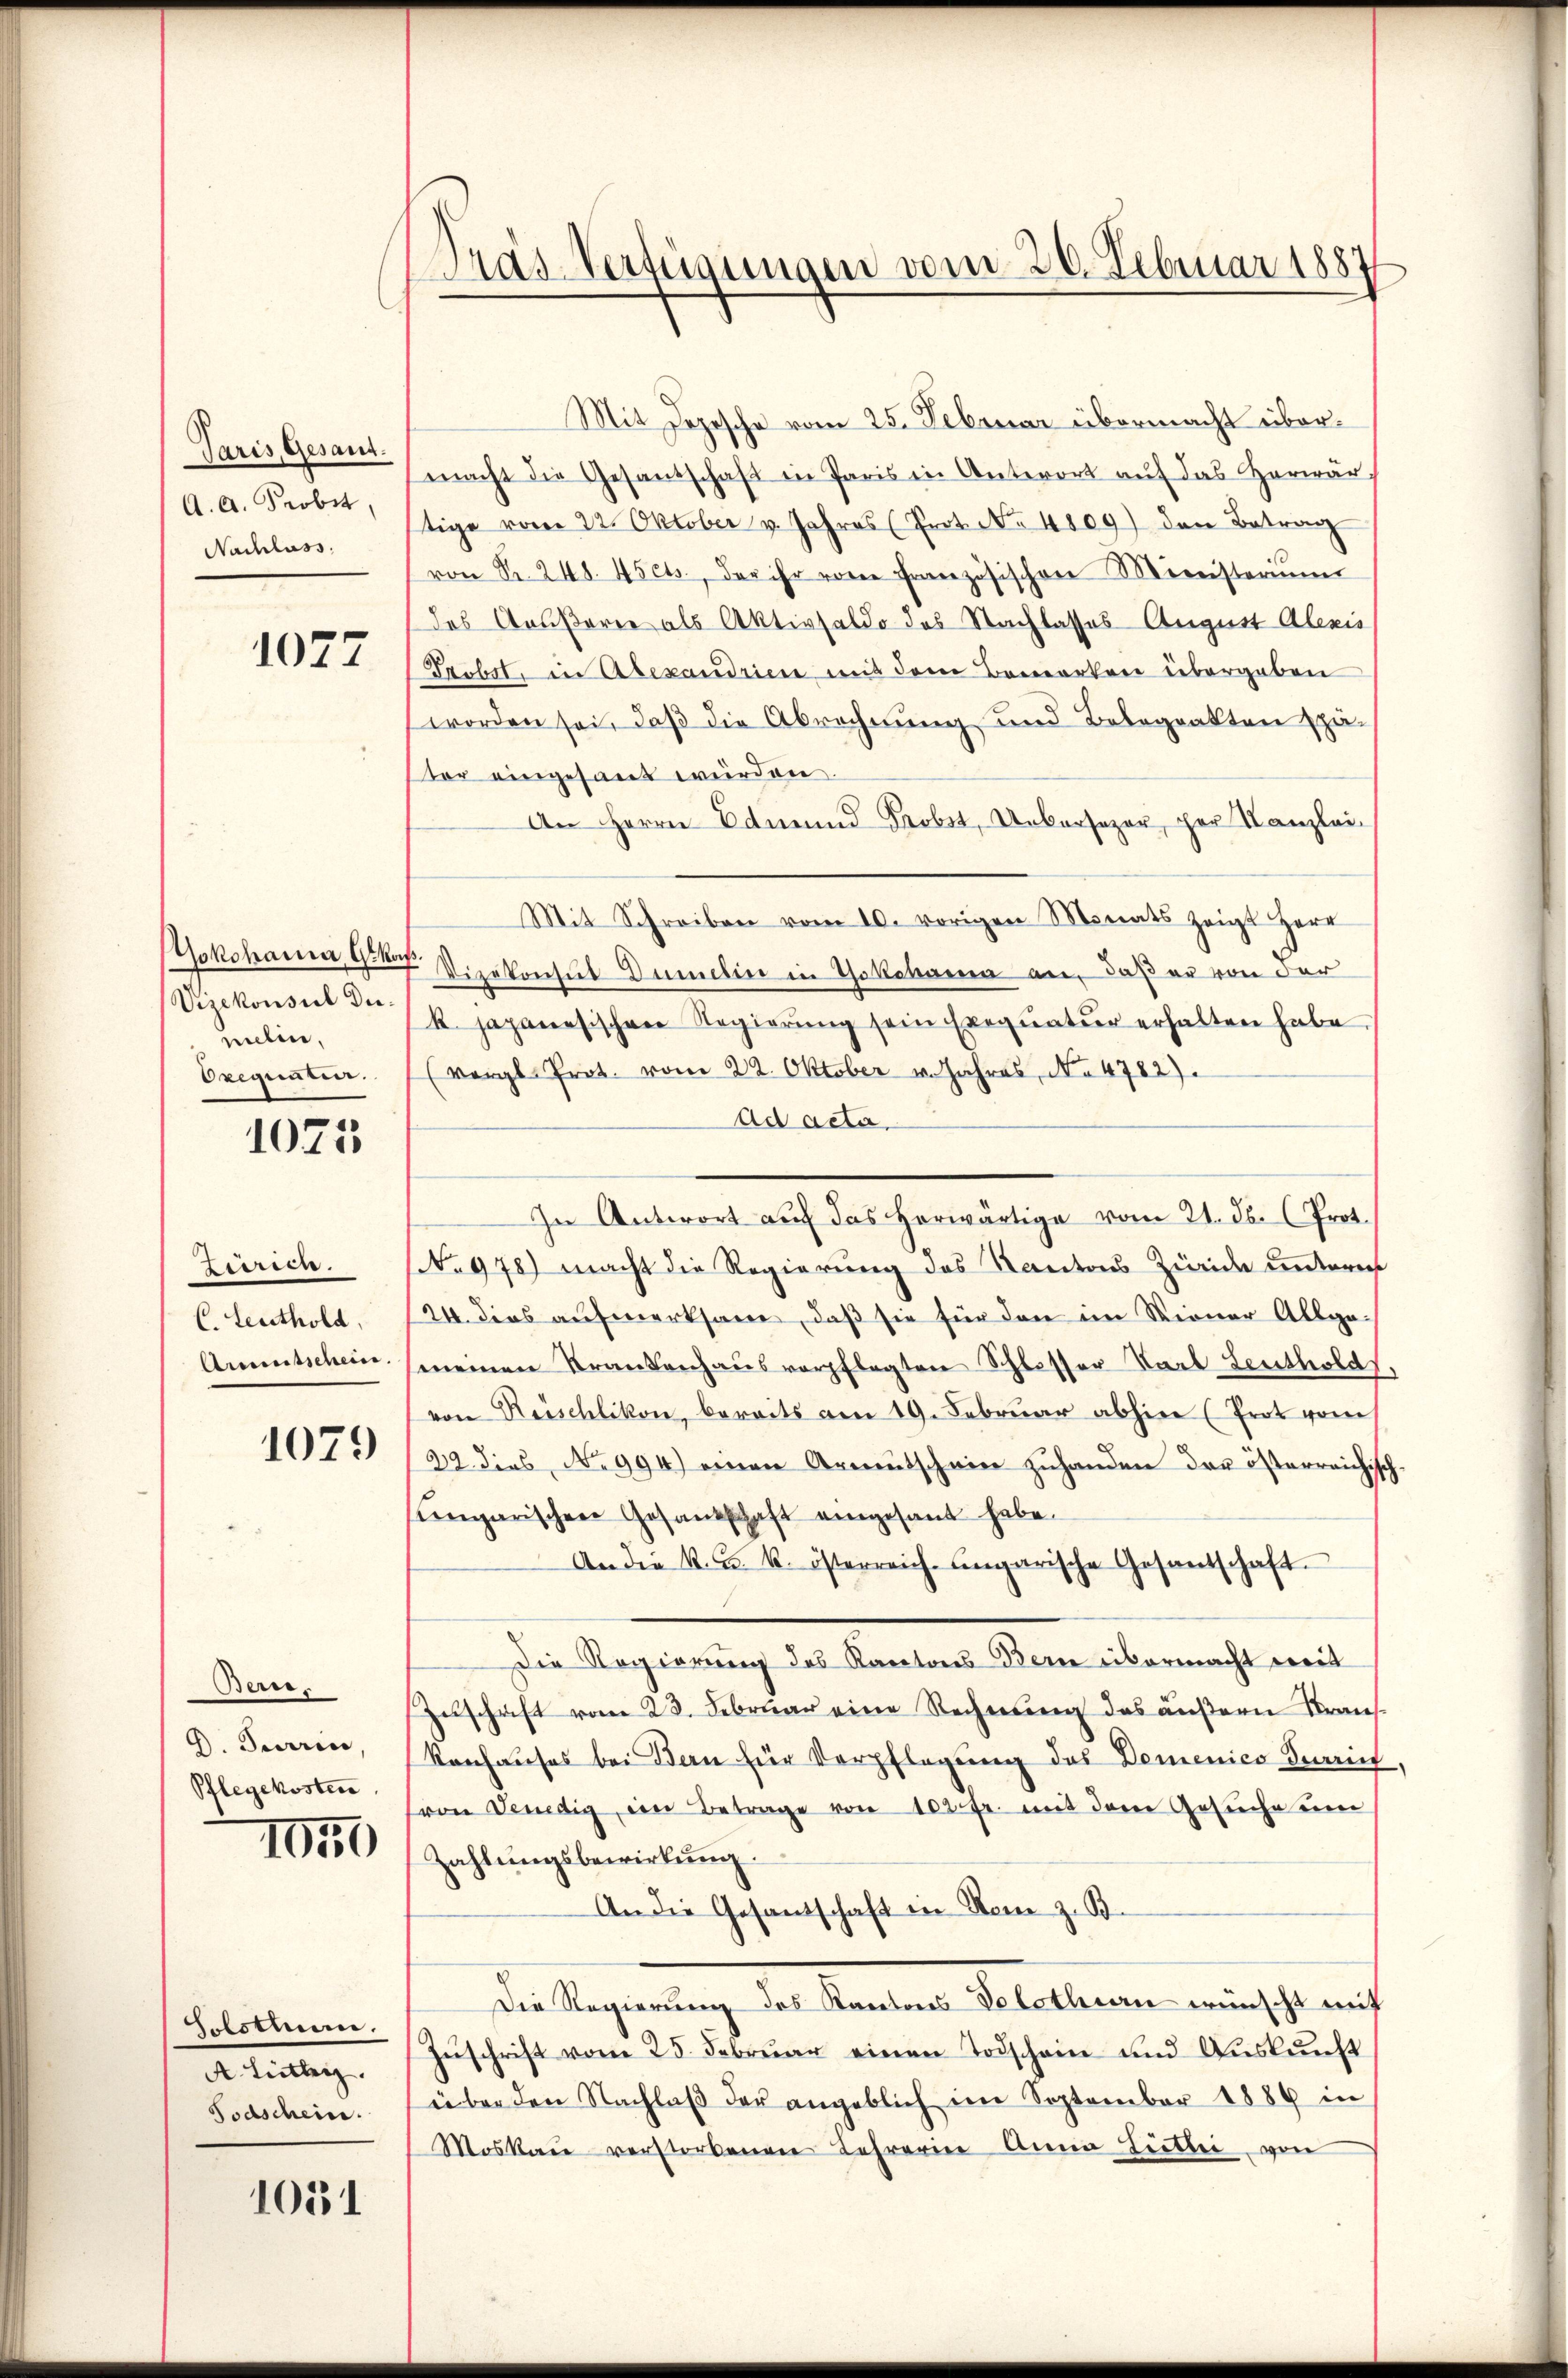
Paris, Gesant.
A. A. Probst,
Nachlass

1027

Jokohanna, G. Noch
Vizekonsul Diemelin,
Oregunten.

1025

zierten.
C. Leuthold,
Anmtschein.

1079

Bern,
D. Terrin,
Pflegekosten
1050

Folstimme.
A. Lieblei
Todschein.

1051

Gras Verfügungen vom 26. Februar 1887

Mit Depesche vom 25. Februar übermacht übermacht die Gesandschaft in Paris in Unterort auf das Herwär
tige vom 22. Oktober v. Jahres (Prot. No. 4809) den Betrag
von Fr. 248. 45 cts., der ihr von Französischen Ministeriŭm
des Aeußere als Aktivsaldo des Nachlasses August Alexis
Probst, in Alexandrien mit dem Bemerken übergeben
worden sei, daß die Abrechnung und Belegrakten spästor eingesant würden.
An Herrn Edmund Probst, Uebersezer, par Kanzlei-
Mit Schreiben vom 10. vorigen Monats zeigt Herr
 Vizekonsul Dümelin in Yokohama an, daß er von der
k. japanesischen Regierung sein Exequatur erhalten habe
(vergl. Prot. vom 22. Oktober v. Jahres, No 4782).
ad acta,
In Antwort auf das herwärtige vom 21. Js. (Prot.
No 978) macht die Regierung des Kantons Züride unteres
24. dies aufmerksam, daß sie für den im Wiener Allge-
meinen Krankenhaus verpflegten Schlosser Karl Leutholds
von Reischlikon, bereits am 19. Februar abhin (Prot vom
22. dies No 994) einen Armutschein zuhanden der österreichisch-
ungarischen Gesandschaft eingesandt habe.
An die k. k. k. österreich-ungarische Gesandschaft.
Die Regierung des Kantons Bern übermacht weit
Zuschaft vom 23. Februar eine Rechnung des äußern Strans-
konhauses bei Bern für Verpflegung des Domenico Terrich.
(von Venedig, im Betrage von 102 fr. mit dem Gesuche um
Zahlungsbewirkung.
An die Gesandschaft in Vom z. B.
Die Regierung des Kantons Volothan wünscht mit
Zŭschrift vom 25. Februar einen Todschein und Auskunft
über den Nachlaβ der angeblich im September 1889 in
Moskau verstorbenen Lehrerin Anna Liebei von